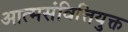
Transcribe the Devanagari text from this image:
आत्मसंवित्तियुक्त